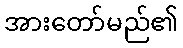
အားတော်မည်၏